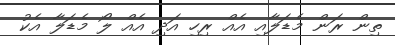
ތިން ރަން މެޑަލާއި އެއް ރިހި އަދި އެއް ލޯ މެޑަލާ އެކު